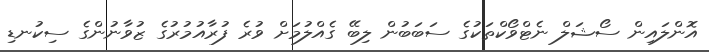
އޮންލައިން ސޯޝަލް ނެޓްވޯކްތަކުގެ ސަބަބުން ލިބޭ ގެއްލުމަށް ވުރެ ފުރާއުމުރުގެ ޒުވާނުންގެ ސިކުނޑި